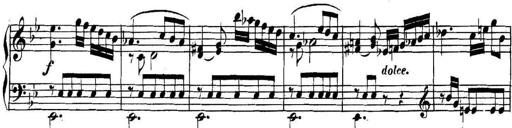
Title: Collected Piano Sonatas
Composer: Muzio Clementi